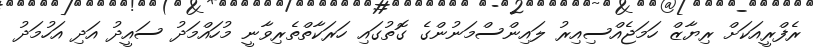
ރެފްރީއަކަށް ރިޔާޒް ހަމަޖެއްސިއިރު ލައިންސްމަނުންގެ ގޮތުގައި ހަރަކާތްތެރިވާނީ މުހައްމަދު ސައީދު އަދި އަހުމަދު